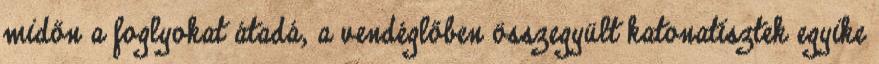
midőn a foglyokat átadá, a vendéglőben összegyült katonatisztek egyike